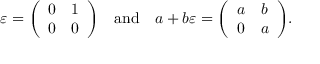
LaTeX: \varepsilon = { \left( \begin{array} { l l } { 0 } & { 1 } \\ { 0 } & { 0 } \end{array} \right) } \quad { \mathrm { a n d } } \quad a + b \varepsilon = { \left( \begin{array} { l l } { a } & { b } \\ { 0 } & { a } \end{array} \right) } .